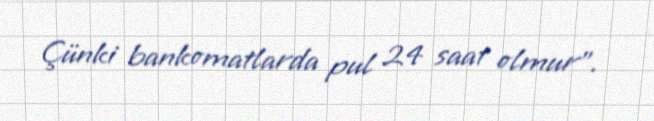
Çünki bankomatlarda pul 24 saat olmur".